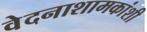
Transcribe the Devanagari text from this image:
वेदनाशामकांशी